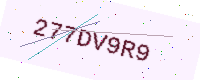
Text: 277DV9R9